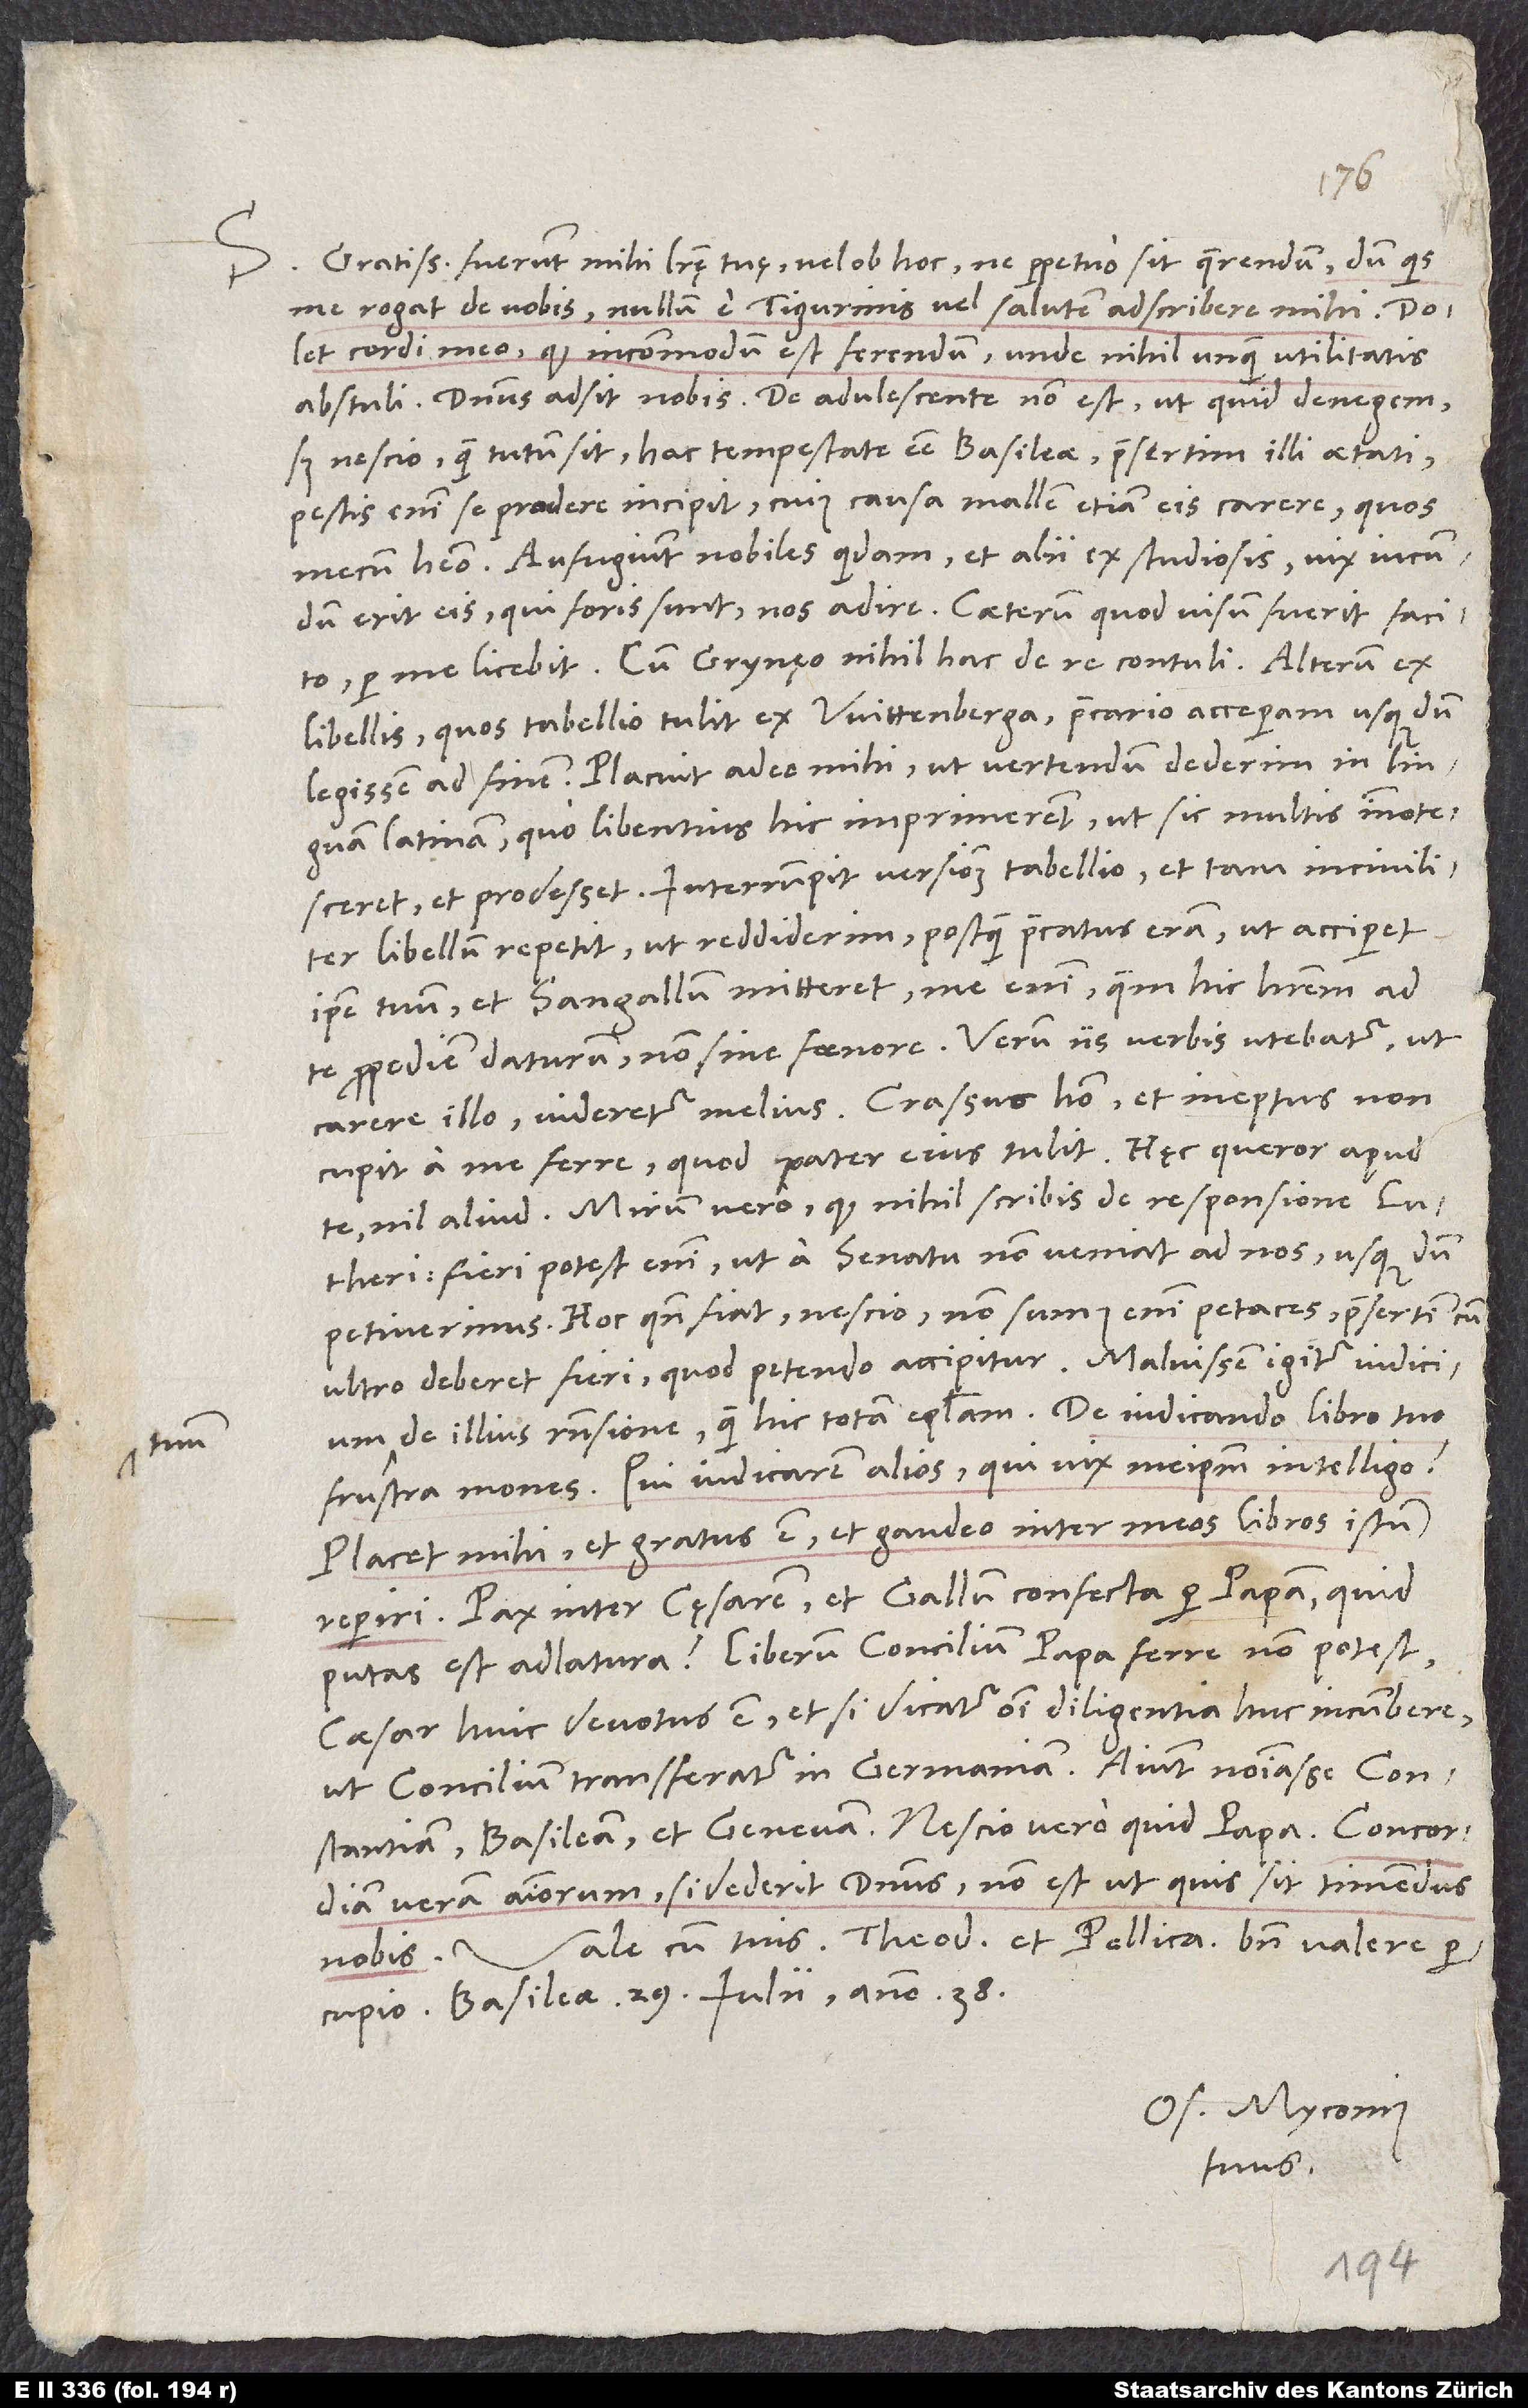
tuum

S. Gratissimae fuerunt mihi literę tuę vel ob hoc, ne perpetuo sit querendum, dum quis
me rogat de vobis, nullum e Tigurinis vel salutem adscribere mihi. Dolet
cordi meo, quod incommodum est ferendum, unde nihil unquam utilitatis
sed nescio, quam tutum sit hac tempestate esse Basileae, praesertim illi aetati;
pestis enim se prodere incipit, cuius causa mallem etiam eis carere, quos
mecum habeo. Aufugiunt nobiles quidam et alii ex studiosis; vix iucundum
erit eis, qui foris sunt, nos adire. Caeterum, quod visum fuerit, facito;
per me licebit. Cum Grynęo nihil hac de re contuli.
libellis, quos tabellio tulit ex Wittenberga, precario acceperam, usque dum
legissem ad finem. Placuit adeo mihi, ut vertendum dederim in linguam
Latinam, quo libentius hic imprimerent, ut sic multis innotesceret
et prodesset. Interrumpit versionem tabellio et tam inciviliter
libellum repetit, ut reddiderim, postquam precatus eram, ut acciperet
ipse tuum et Sangallum mitteret; me enim, quem hic haberem, ad
propediem daturum non sine foenore. Verum iis verbis utebatur, ut
carere illo videretur melius. Crassus homo et ineptus non
cupit a me ferre, quod pater eius tulit. Hęc queror apud
dum
Lutheri; fieri potest enim, ut a senatu non veniat ad nos, usque
petiverimus. Hoc quando fiat, nescio; non sumus enim petaces, praesertim, cum
ultro deberet fieri, quod petendo accipitur. Maluissem igitur iudicium
frustra mones. Qui iudicarem alios, qui vix meipsum intelligo?
Placet mihi et gratus est, et gaudeo inter meos libros istum
Pax inter cęsarem et Gallum confecta per papam quid,
putas, est adlatura? Liberum concilium papa ferre non potest;
caesar huic devotus est, etsi dicatur omni diligentia huc incumbere,
ut concilium transferatur in Germaniam. Aiunt nominasse Constantiam,
Basileam et Genevam; nescio vero, quid papa. Concordiam
veram animorum si dederit dominus, non est, ut quis sit timendus
Vale cum tuis. Theodorum et Pellicanum bene valere
percupio. Basileae, 29. iulii anno 38.
Os. Myconius
tuus.